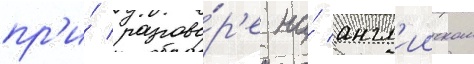
пр'и́ разгово́р'е на́ англ'ииском